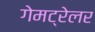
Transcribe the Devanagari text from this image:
गेमट्रेलर